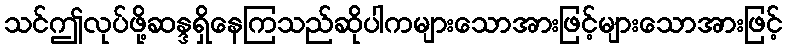
သင်ဤလုပ်ဖို့ဆန္ဒရှိနေကြသည်ဆိုပါကများသောအားဖြင့်များသောအားဖြင့်